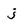
Character: j